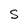
Character: S